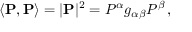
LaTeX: \left\langle \mathbf { P } , \mathbf { P } \right\rangle = | \mathbf { P } | ^ { 2 } = P ^ { \alpha } g _ { \alpha \beta } P ^ { \beta } \, ,